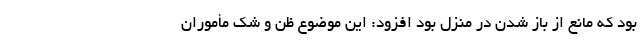
بود که مانع از باز شدن در منزل بود افزود: این موضوع ظن و شک مأموران